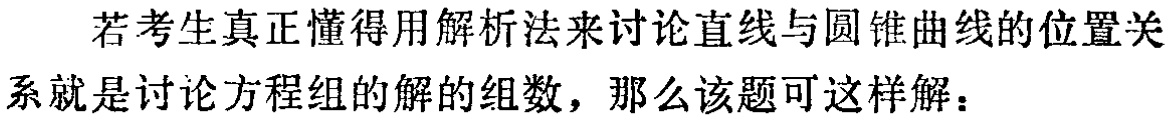
若考生真正懂得用解析法来讨论直线与圆锥曲线的位置关系就是讨论方程组的解的组数，那么该题可这样解：